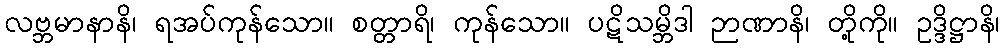
လဗ္ဘမာနာနိ၊ ရအပ်ကုန်သော။ စတ္တာရိ၊ ကုန်သော။ ပဋိသမ္ဘိဒါ ဉာဏာနိ၊ တို့ကို။ ဥဒ္ဒိဋ္ဌာနိ၊